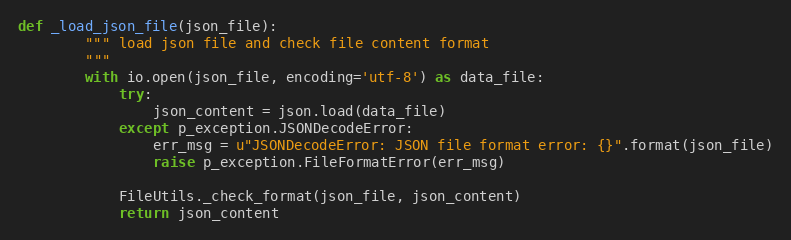
Language: Python
def _load_json_file(json_file):
        """ load json file and check file content format
        """
        with io.open(json_file, encoding='utf-8') as data_file:
            try:
                json_content = json.load(data_file)
            except p_exception.JSONDecodeError:
                err_msg = u"JSONDecodeError: JSON file format error: {}".format(json_file)
                raise p_exception.FileFormatError(err_msg)

            FileUtils._check_format(json_file, json_content)
            return json_content